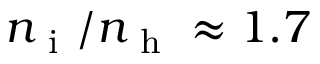
n _ { \mathrm { ~ i ~ } } / n _ { \mathrm { ~ h ~ } } \approx 1 . 7